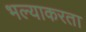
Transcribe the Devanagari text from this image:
भल्याकरता